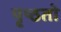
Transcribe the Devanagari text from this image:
पृष्ठतो